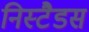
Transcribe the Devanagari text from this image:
निस्टैडस